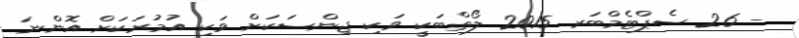
- 26 ސެޕްޓެމްބަރ 2015 ލޯތްބަކީ ވަކި ޖިންސަކަށް ވަކި އުމުރަކަށް އޮންނަ